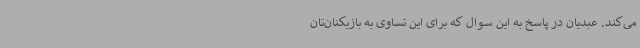
می‌کند. عبدیان در پاسخ به این سوال که برای این تساوی به بازیکنان‌تان